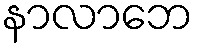
နာလာဘေ